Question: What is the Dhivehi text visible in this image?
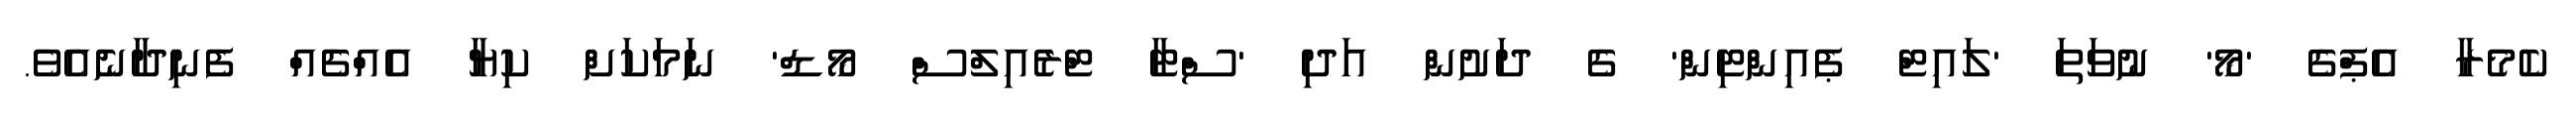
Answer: ކެމެރާ އެޕްގެ 'މޯ' ނުވަތަ 'ލައިޓް ޕެއިންޓިން' ގެ ދަށުން އަދި 'ސްޓާ ޓްރެއިލްސް މޯޑް' ނަމަކަށް ކިޔާ އެއްޗެއް ފެނިދާނެއެވެ.